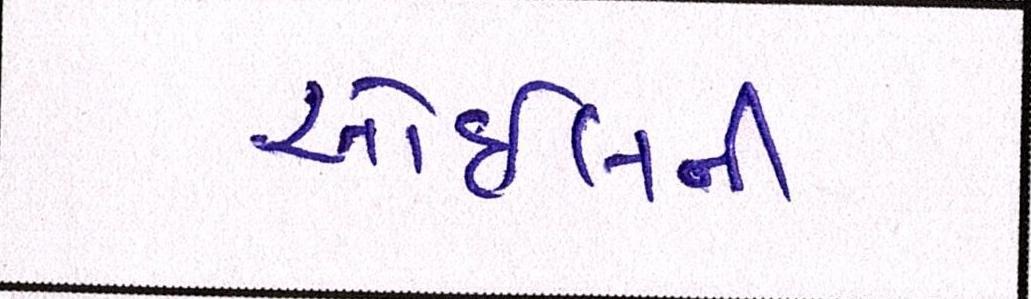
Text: ઓઈલની